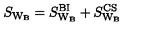
S _ { \mathrm { W _ { B } } } = S _ { \mathrm { W _ { B } } } ^ { \mathrm { B I } } + S _ { \mathrm { W _ { B } } } ^ { \mathrm { C S } }